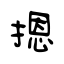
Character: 摁